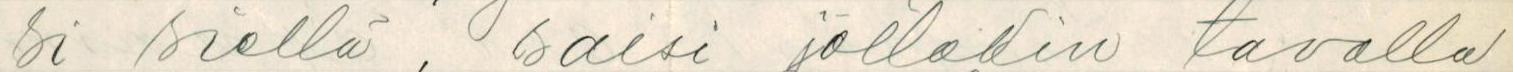
si siellä, saisi jollakin tavalla